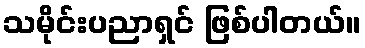
သမိုင်းပညာရှင် ဖြစ်ပါတယ်။